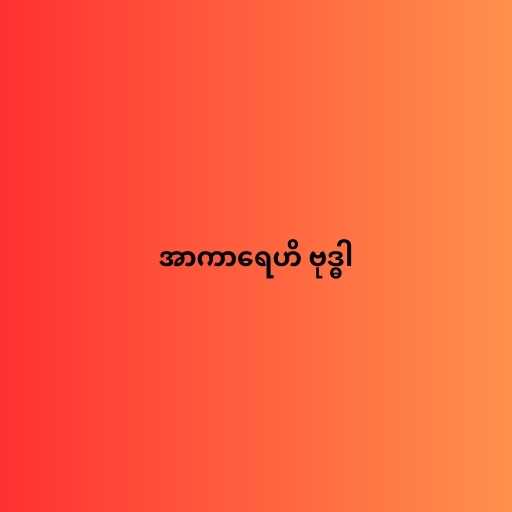
အာကာရေဟိ ဗုဒ္ဓါ